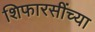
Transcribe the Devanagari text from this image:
शिफारसींच्या